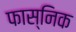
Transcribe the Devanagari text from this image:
फास्निक